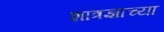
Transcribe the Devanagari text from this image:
शात्रज्ञाच्या